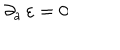
\partial _ { a } \, \varepsilon = 0